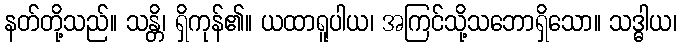
နတ်တို့သည်။ သန္တိ၊ ရှိကုန်၏။ ယထာရူပါယ၊ အကြင်သို့သဘောရှိသော။ သဒ္ဓါယ၊